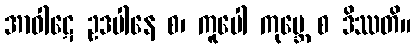
အာဝါဋေ ဥဒပါနေ စ၊ ကူပေါ ကုမ္ဘေ စ ဒိဿတိ။